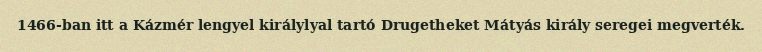
1466-ban itt a Kázmér lengyel királylyal tartó Drugetheket Mátyás király seregei megverték.